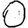
Digit: 0